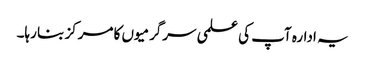
یہ ادارہ آپ کی علمی سرگرمیوں کا مرکز بنا رہا۔